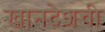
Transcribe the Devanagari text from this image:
खानदेशची